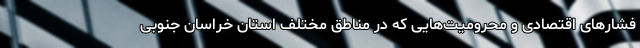
فشارهای اقتصادی و محرومیت‌هایی که در مناطق مختلف استان خراسان جنوبی